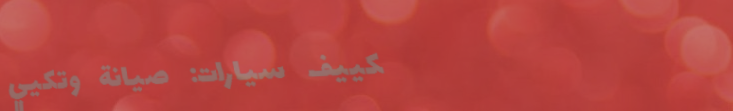
تكييف سيارات: صيانة وتكيي